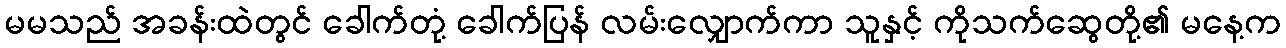
မမသည် အခန်းထဲတွင် ခေါက်တုံ့ ခေါက်ပြန် လမ်းလျှောက်ကာ သူနှင့် ကိုသက်ဆွေတို့၏ မနေ့က